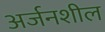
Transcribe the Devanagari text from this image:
अर्जनशील